V__Kingissepa_nim__kolhoos, lk 20
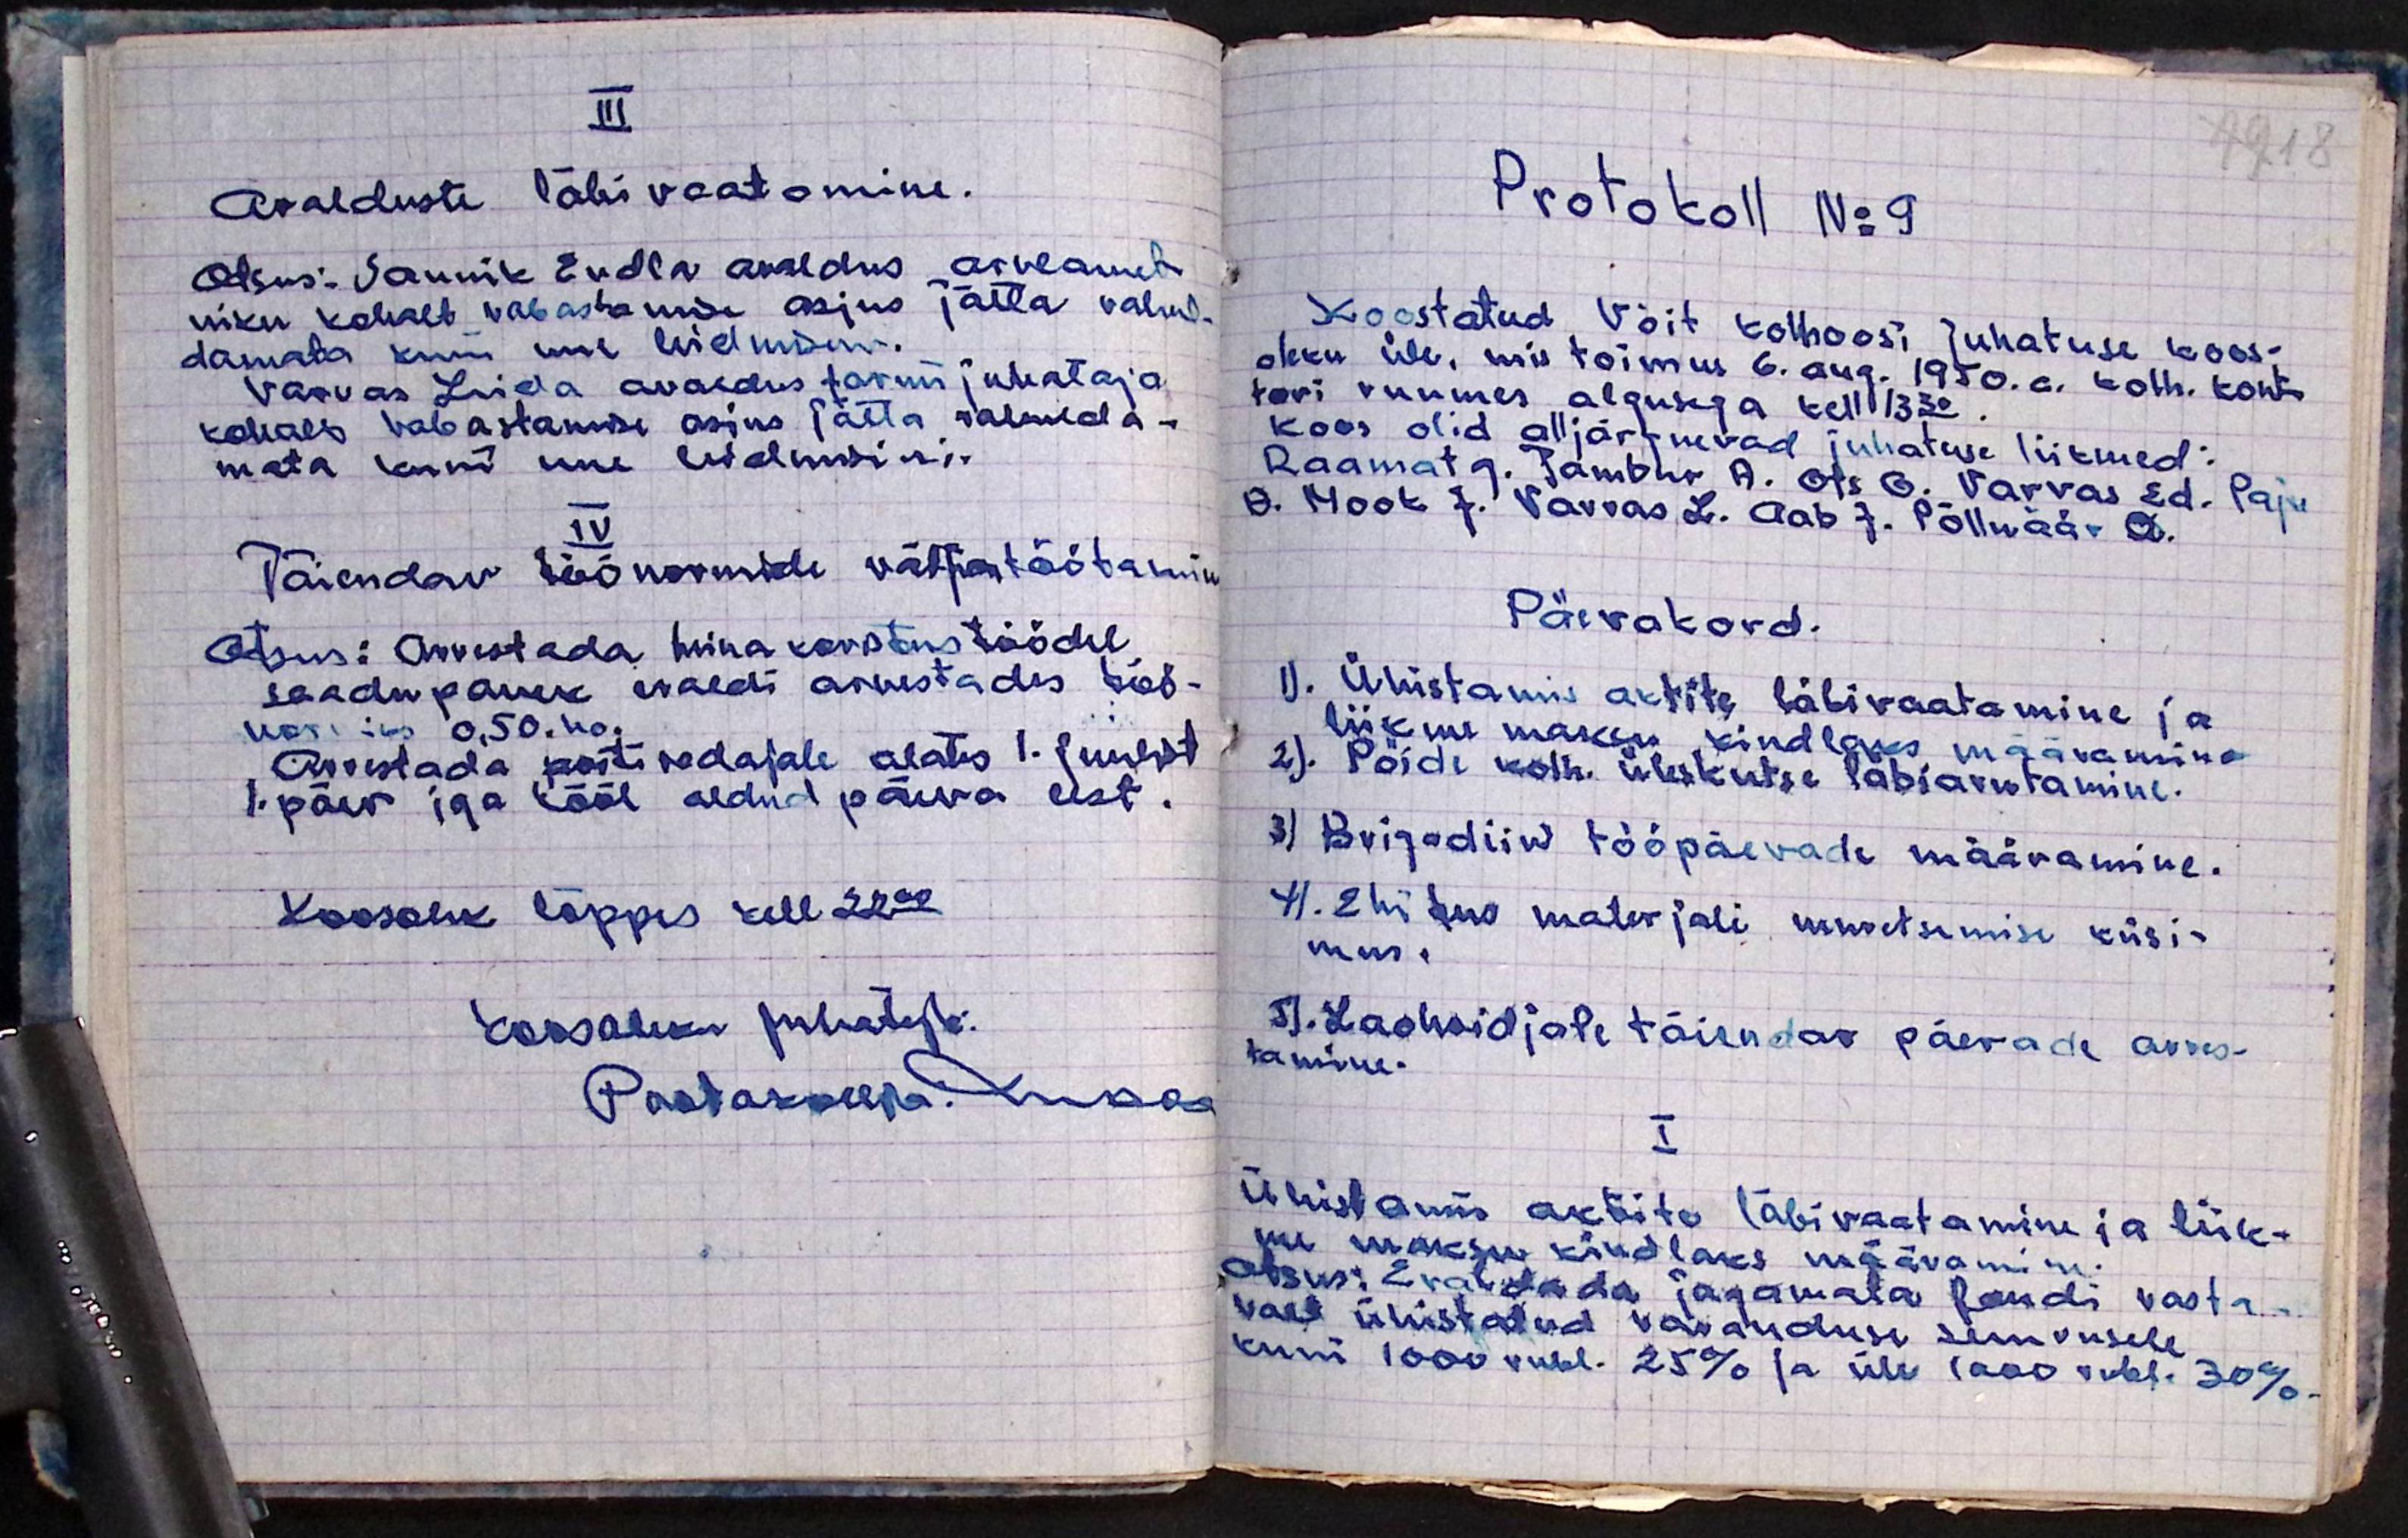
III
Avalduste läbivaatamine.
Otsus: Saunik Endla avaldus arveamet-
niku kohalt vabastamine asjus jätta rahul-
damata kuni uue leidmiseni.
Varvas Leida avaldus farmi juhataja
kohalt vabastamise asjus jätta rahulda-
mata kuni uue leidmiseni.
IV
Täiendav töönormide väljatöötamine
Otsus: Arvestada heina koristustöödel
saadupanek eraldi arvestades töö-
normiks 0,50. ha.
Arvestada posti vedajale alates 1. juulist
1. päev iga tööl oldud päeva eest.
Koosolek lõppes kell 22.00
Koosoleku juhataja:
Paatakseepa. Kunaa

Protokoll No 9
Koostatud Võit kolhoosi juhatuse koos-
oleku üle, mis toimus 6. aug. 1950.a. kolh. kont-
tori ruumes algusega kell 13.30
Koos olid alljärgnevad juhatuse liikmed:
Raamat G. Tambur. A. Ots O. Varvas Ed. Paju
A. Mook J. Varvas L. Aab J. Põlluäär A.
Päevakord.
1). Ühistamis aktite läbivaatamine ja
liikme maksu kindlaks määramine
2). Pöide kolh. üleskutse läbiarutamine.
3) Brigadiiri tööpäevade määramine.
4). Ehitus materjali muretsemise küsi-
mus
5). Laohoidjate täiendav päevade arves-
tamine.
I
Ühistamis aktite läbivaatamine ja liik-
me maksu kindlaks määramine.
Otsus: Eraldada jagamata fondi vasta-
valt ühistatud varanduse suurusele
kuni 1000 rubl. 25% ja üle 1000 rubl. 30%.